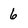
Character: 6